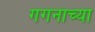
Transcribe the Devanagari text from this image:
गगनाच्या